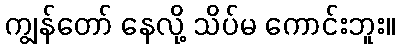
ကျွန်တော် နေလို့ သိပ်မ ကောင်းဘူး။